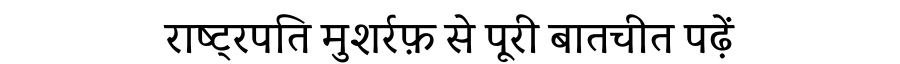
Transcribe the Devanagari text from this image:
राष्ट्रपति मुशर्रफ़ से पूरी बातचीत पढ़ें